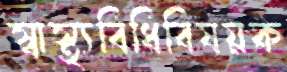
স্বাস্থ্যবিধিবিষয়ক